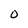
Character: O